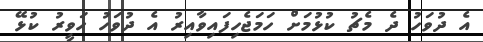
އެ ދުވަހު ދެ މެޗު ކުޅުމަށް ހަމަޖެހިފައިވާއިރު އެ ދުވަހު ހަވީރު ކުޅޭ